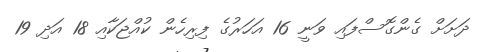
ދަށަށް ގެންގޮސްފައި ވަނީ 16 އަހަރުގެ ފިރިހެން ކުއްޖަކާއި 18 އަދި 19